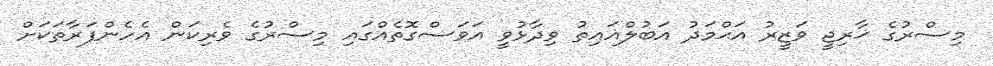
މިސްރުގެ ޚާރިޖީ ވަޒީރު އަޙްމަދު އަބުލްޣައިތު ވިދާޅުވީ އަވަސްގޮތެއްގައި މިސްރުގެ ވެރިކަން އެހެންފަރާތަކަށް